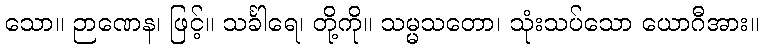
သော။ ဉာဏေန၊ ဖြင့်။ သင်္ခါရေ၊ တို့ကို။ သမ္မသတော၊ သုံးသပ်သော ယောဂီအား။